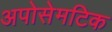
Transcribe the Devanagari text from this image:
अपोसेमटिक